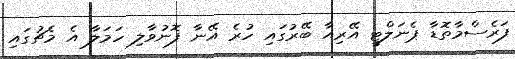
ފަރެސްމާތޮޑާ ޕެނަލްޓީ އޭރިއާ ބޭރުގައި ހުރެ އޭނާ ފޮނުވާލި ހަމަލާ އެ މެޗުގައި